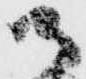
御